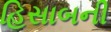
હિસાબની